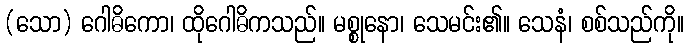
(သော) ဂေါဓိကော၊ ထိုဂေါဓိကသည်။ မစ္စုနော၊ သေမင်း၏။ သေနံ၊ စစ်သည်ကို။